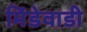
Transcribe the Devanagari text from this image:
मिंडेवाडी